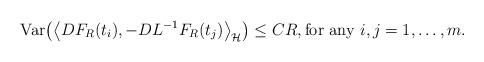
LaTeX: \begin{align*}\mathrm{Var} \big( \big\langle D F_R(t_i), - D L^{-1} F_R(t_j) \big\rangle_{\mathcal{H}} \big) \leq C R, \mbox{for any $i,j=1,\ldots,m$}.\end{align*}